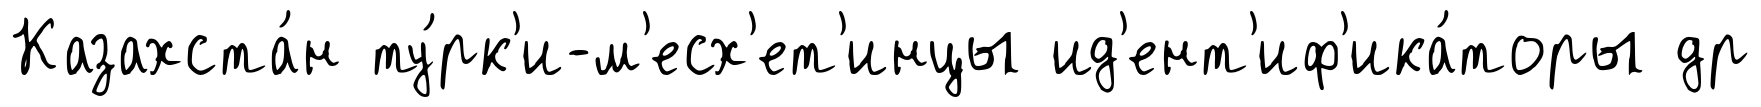
Казахста́н ту́рк'и-м'есх'ет'инцы ид'ент'иф'ика́торы др